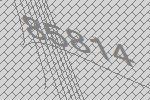
85814